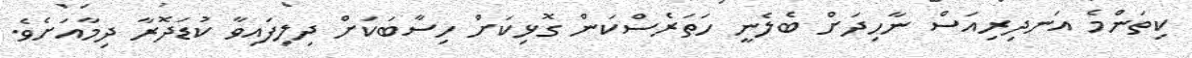
ކިތަންމެ އަނދިރިއަސް ނާހިދަށް ބެލެނީ ހަތަރެސްކަން ގޮޅިކަށް ހިސާބަކަށް ދިލިފައިވާ ކުޑަދޮރާ ދިމާއަށެވެ.